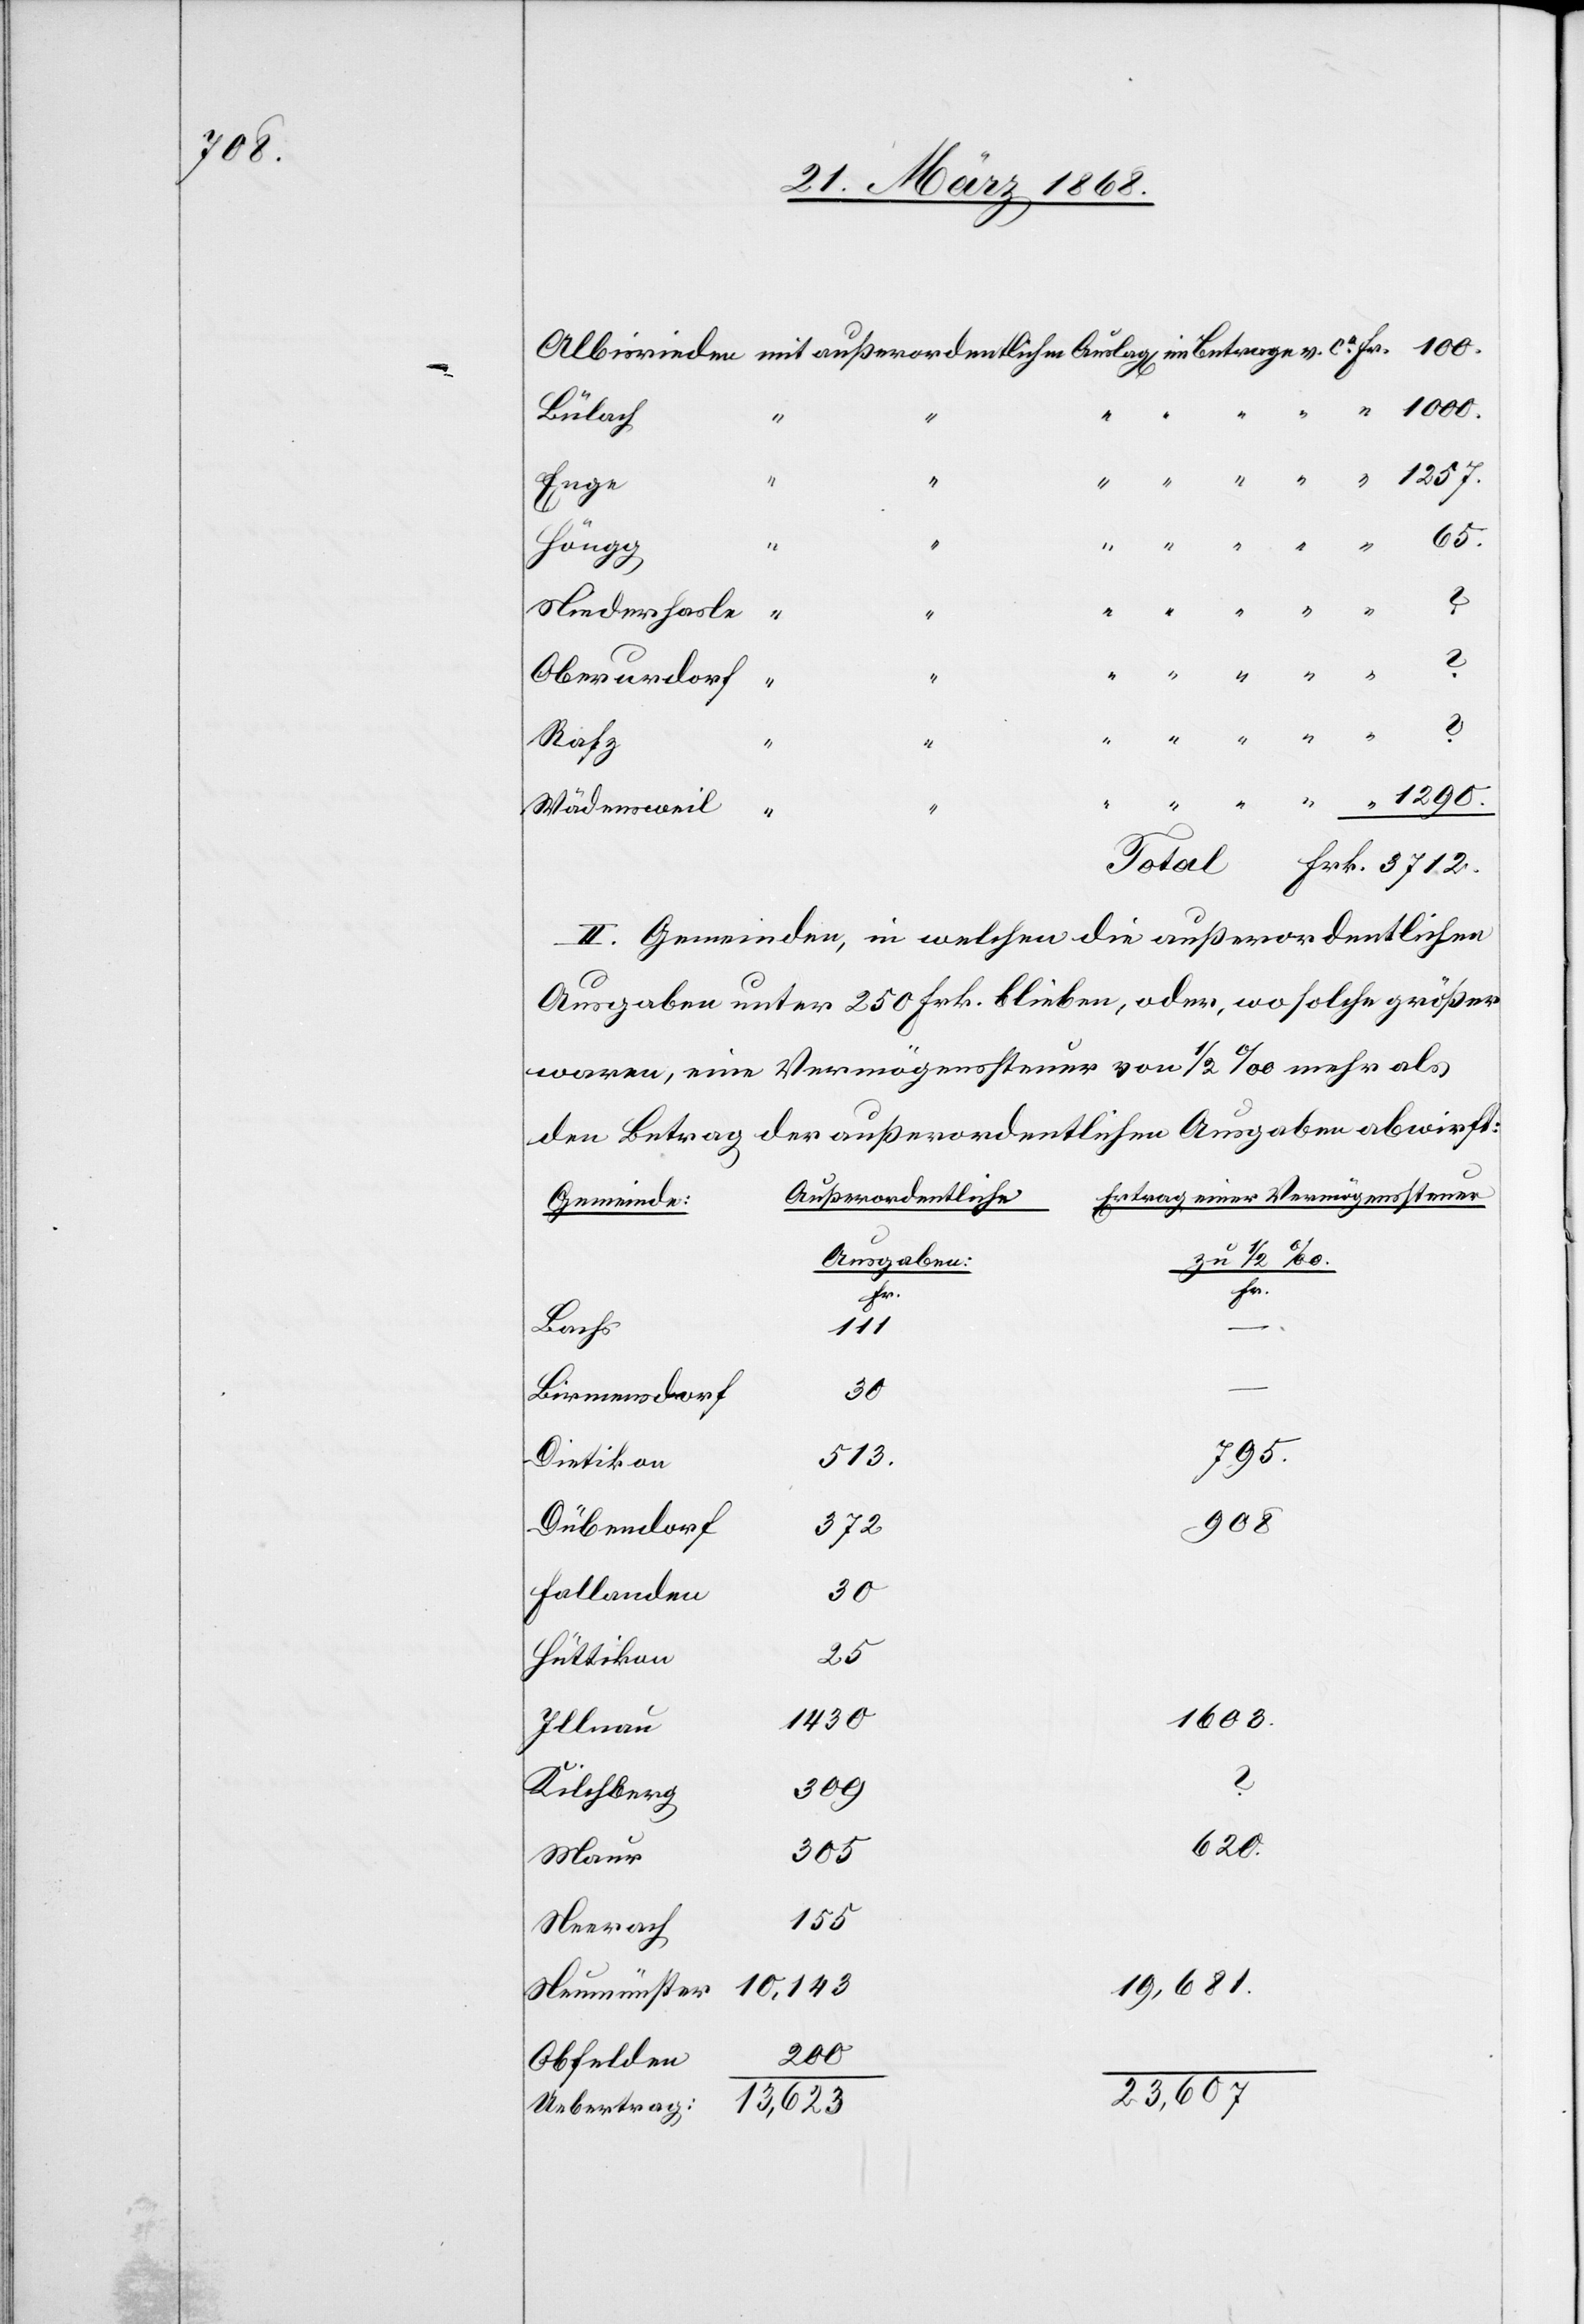
100.

“ 1000.
Bülach
Enge
“
620.
Höngg
Niederhasle
Oberurdorf
Rafz
Wädensweil
II. Gemeinden, in welchen die außerordentlichen
Ausgaben unter 250 Frk. blieben, oder, wo solche größer
waren, eine Vermögenssteuer von 1/2 ‰ mehr als
den Betrag der außerordentlichen Ausgaben abwirft:
Außerordentliche
Ertrag einer Vermögenssteuer
Gemeinde:
Ausgaben:
zu 1/2 ‰.
Fr
Fr.
65.
Bachs
10,143
Birmensdorf
795.
513.
Dietikon
Dübendorf
908
372
Fallanden
30
25
Hüttikon
13,623
1430
Illnau
Kilchberg
305
Maur
155
Neerach
19,681.
200
Obfelden
23,607